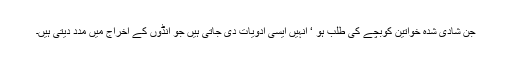
جن شادی شدہ خواتین کوبچے کی طلب ہو ‘ انہیں ایسی ادویات دی جاتی ہیں جو انڈوں کے اخراج میں مدد دیتی ہیں۔